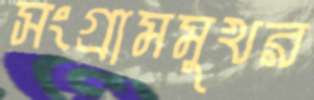
সংগ্রামমুখর